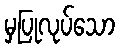
မှပြုလုပ်သော